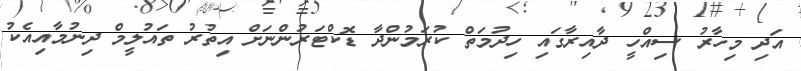
އަދި މިހާރު ސިއްހީ ދާއިރާގައި ހިދުމަތް ކުރަމުންދާ ޑޮކްޓަރުންނަށް އިތުރު ތައުލީމް ދިނުމާއިއެކު